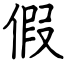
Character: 假